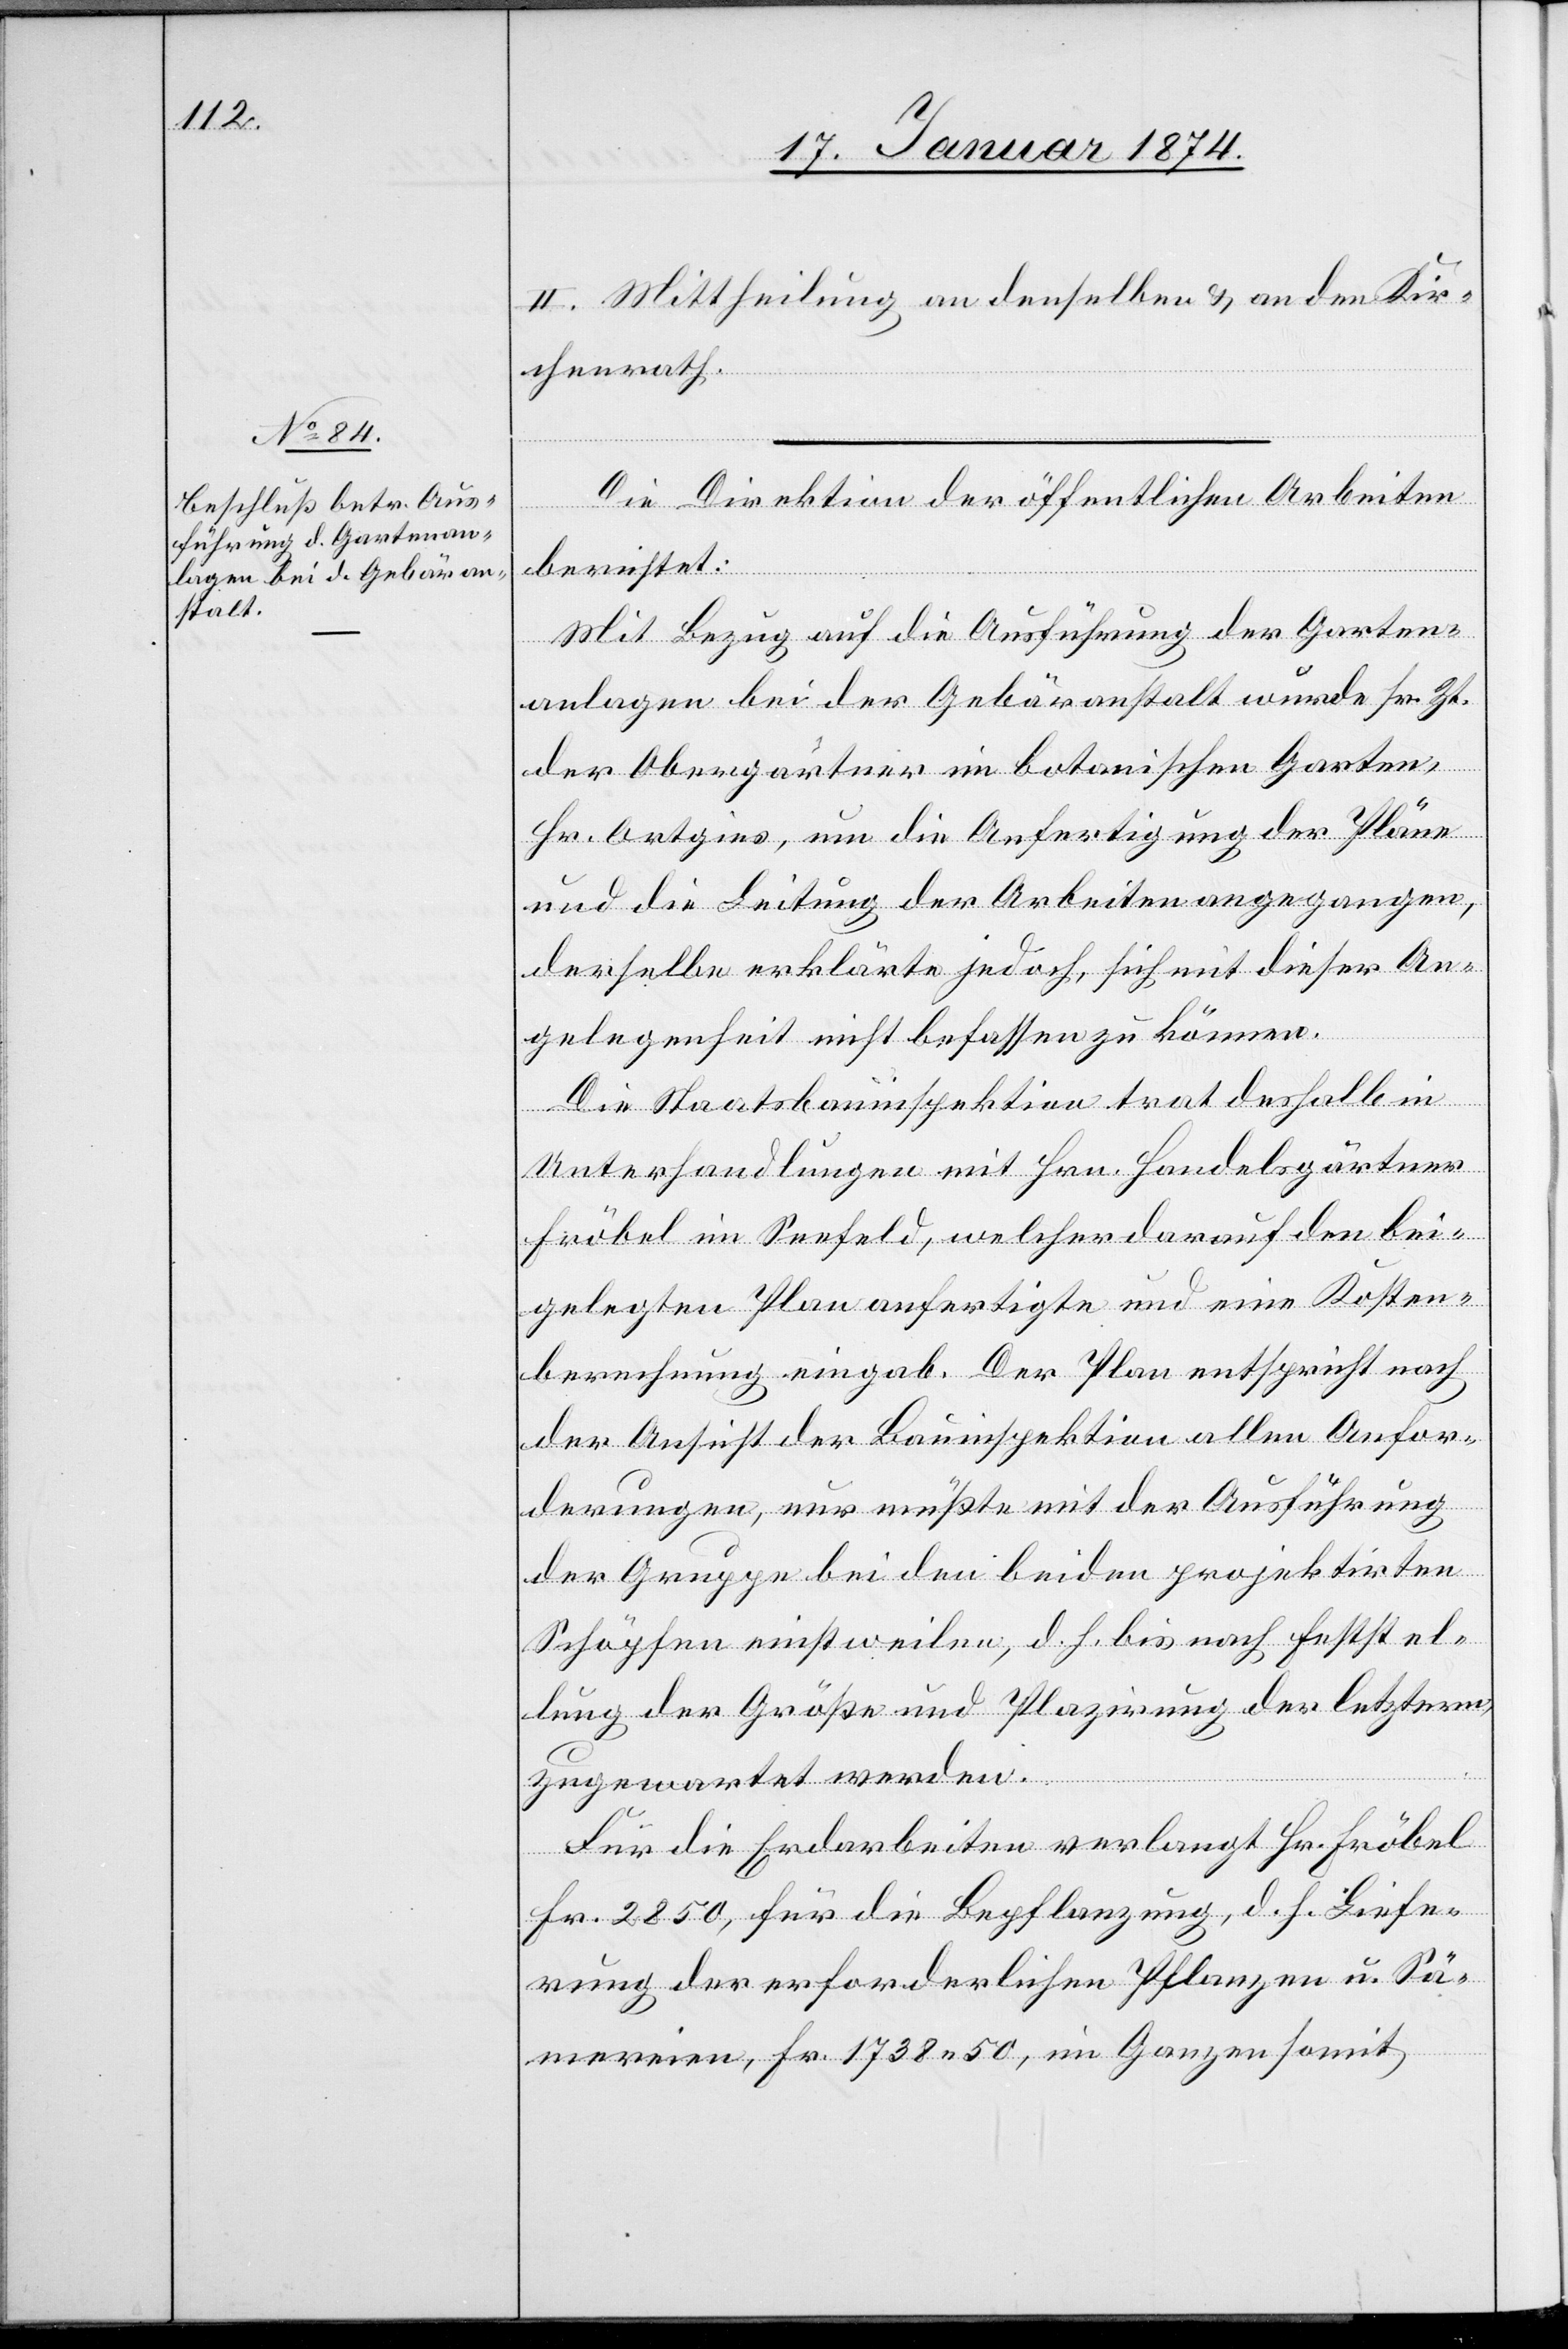
II. Mittheilung an denselben & an den Kir¬
chenrath.
Die Direktion der öffentlichen Arbeiten
berichtet:
Mit Bezug auf die Ausführung der Garten¬
anlagen bei der Gebäranstalt wurde sr. Zt.
der Obergärtner im botanischen Garten,
Hr. Ortgies, um die Anfertigung der Pläne
und die Leitung der Arbeiten angegangen,
derselbe erklärte jedoch, sich mit dieser An¬
gelegenheit nicht befassen zu können.
Die Staatsbauinspektion trat deshalb in
Unterhandlungen mit Hrn. Handelsgärtner
Fröbel im Seefeld, welcher darauf den bei¬
gelegten Plan anfertigte und eine Kosten¬
berechnung eingab. Der Plan entspricht nach
der Ansicht der Bauinspektion allen Anfor¬
derungen, nur müßte mit der Ausführung
der Gruppe bei den beiden projektirten
Schöpfen einstweilen, d. h. bis nach Feststel¬
lung der Größe und Plazirung der letztern,
zugewartet werden.
Für die Erdarbeiten verlangt Hr. Fröbel
Fr. 2850, für die Bepflanzung, d. h. Liefe¬
rung der erforderlichen Pflanzen u. Sä¬
mereien, Fr. 1738.50, im Ganzen somit,